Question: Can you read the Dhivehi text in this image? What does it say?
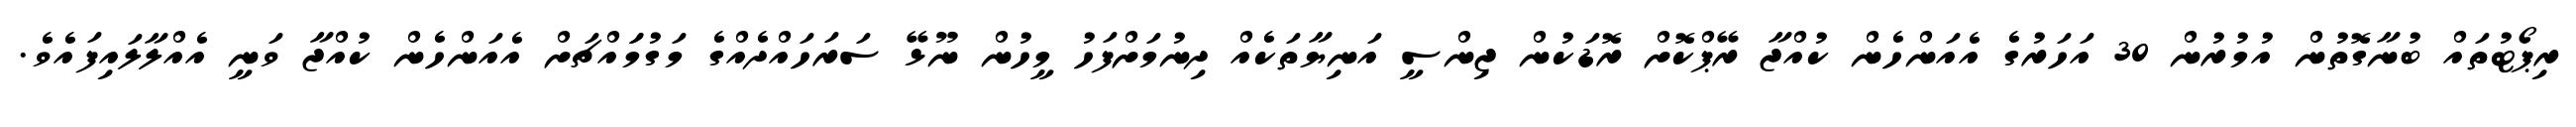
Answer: ރިޕޯޓުތައް ބުނާގޮތުން އުމުރުން 30 އަހަރުގެ އެއަންހެން ކުއްޖާ ރޭޕްކޮށް ރޮޑަކުން ޖިންސީ އަނިޔާތަކެއް ދިނުމަށްފަހު މީހުން ނޫޅޭ ސަރަހައްދެއްގެ މަގުމަައްޗަށް އެއަންހެން ކުއްޖާ ވަނީ އެއްލާލައިފައެވެ.